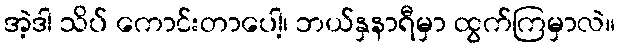
အဲ့ဒါ သိပ် ကောင်းတာပေါ့၊ ဘယ်နှနာရီမှာ ထွက်ကြမှာလဲ။